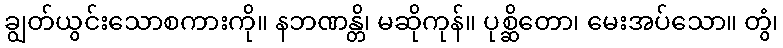
ချွတ်ယွင်းသောစကားကို။ နဘဏန္တိ၊ မဆိုကုန်။ ပုစ္ဆိတော၊ မေးအပ်သော။ တွံ၊